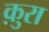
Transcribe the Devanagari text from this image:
क़ुरा